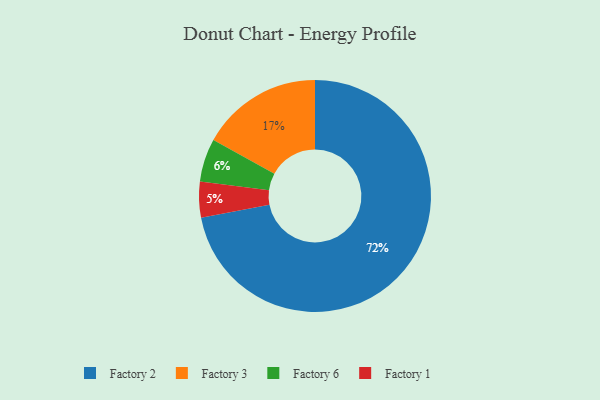
{"axis": {"x": "Category", "y": "Percentage"}, "legend": ["Factory 1", "Factory 2", "Factory 3", "Factory 6"], "data": [{"x": "Factory 3", "y": 17, "type": "Factory 3"}, {"x": "Factory 2", "y": 72, "type": "Factory 2"}, {"x": "Factory 1", "y": 5, "type": "Factory 1"}, {"x": "Factory 6", "y": 6, "type": "Factory 6"}]}